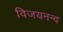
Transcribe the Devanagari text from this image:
विजयनन्द